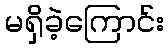
မရှိခဲ့ကြောင်း